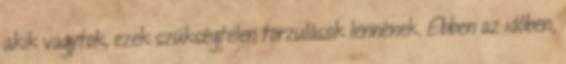
akik vagytok, ezek szükségtelen torzulások lennének. Ebben az időben,